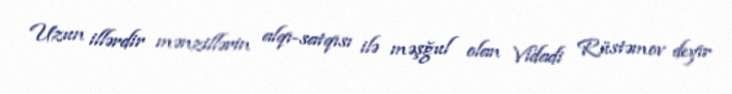
Uzun illərdir mənzillərin alqı-satqısı ilə məşğul olan Vidadi Rüstəmov deyir